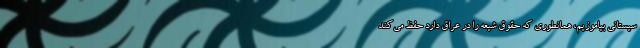
سیستانی بیاموزیم، همانطوری که حقوق شیعه را در عراق دارد حفظ می‌کند